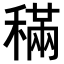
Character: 𥡹